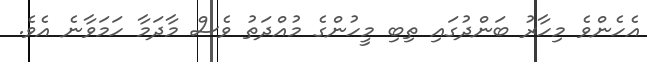
އެހެންވެ މިހާރު ބަންދުގައި ތިބި މީހުންގެ މުއްދަތު ވެސް މާދަމާ ހަމަވާނެ އެވެ.